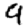
Digit: 9